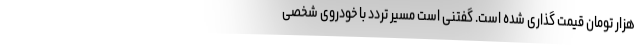
هزار تومان قیمت گذاری شده است. گفتنی است مسیر تردد با خودروی شخصی